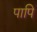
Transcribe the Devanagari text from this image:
पापि